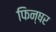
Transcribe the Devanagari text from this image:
फिन्षर